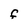
Character: F